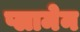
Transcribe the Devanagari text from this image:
प्लामेन